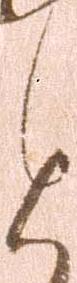
と